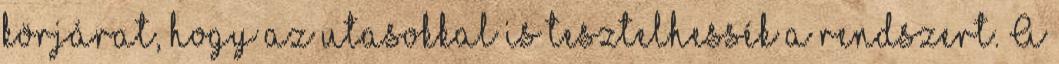
körjárat, hogy az utasokkal is tesztelhessék a rendszert. A